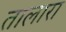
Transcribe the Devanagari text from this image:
तालारा